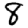
Digit: 8